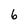
Character: 6